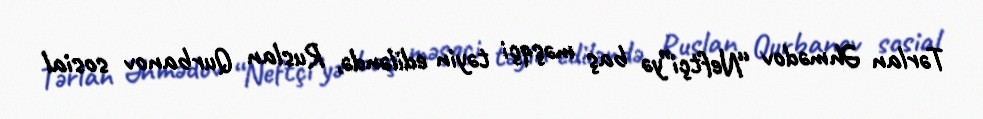
Tərlan Əhmədov “Neftçi”yə baş məşqçi təyin ediləndə, Ruslan Qurbanov sosial